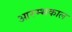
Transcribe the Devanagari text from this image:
आरम्भकाल